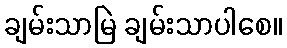
ချမ်းသာမြဲ ချမ်းသာပါစေ။